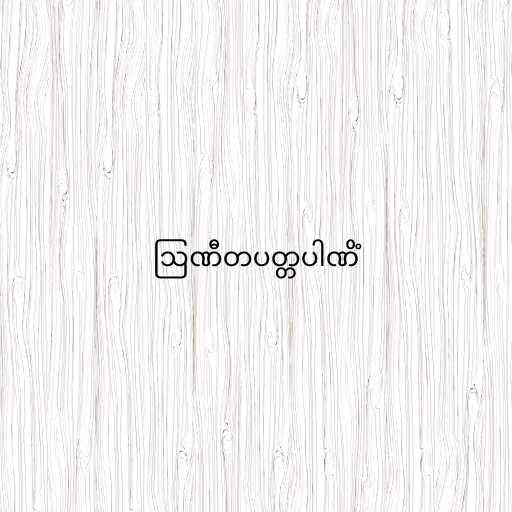
ဩဏီတပတ္တပါဏိံ